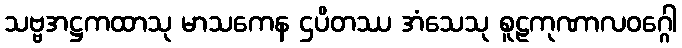
သဗ္ဗအဋ္ဌကထာသု မာသကေန ဌပိတဿ အံသေသု စူဠကုဏာလဝဂ္ဂေါ